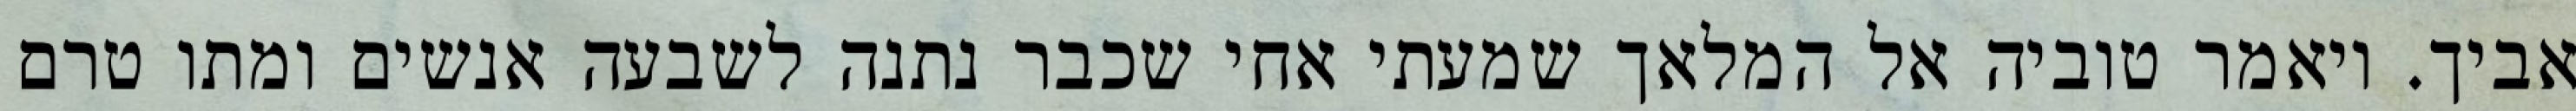
אביך. ויאמר טוביה אל המלאך שמעתי אחי שכבר נתנה לשבעה אנשים ומתו טרם